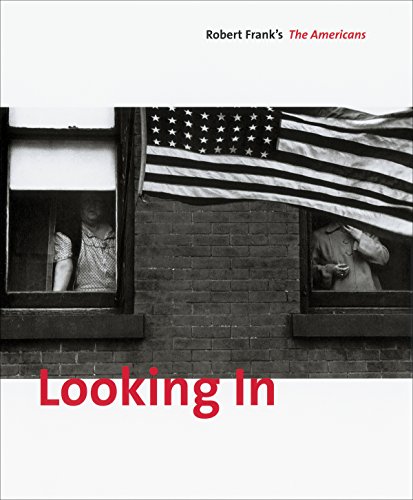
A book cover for Looking In: Robert Frank's The Americans: Expanded Edition; Sarah Greenough; Arts & Photography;